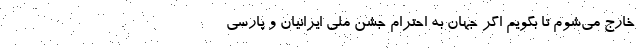
خارج می‌شوم تا بگویم اگر جهان به احترام جشن ملی ایرانیان و پارسی‌